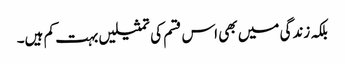
بلکہ زندگی میں بھی اس قسم کی تمثیلیں بہت کم ہیں۔